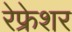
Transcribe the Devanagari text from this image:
रेफ्रेशर